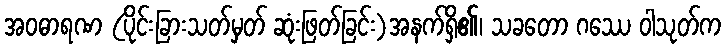
အဝဓာရဏ (ပိုင်းခြားသတ်မှတ် ဆုံးဖြတ်ခြင်း)အနက်ရှိ၏၊ သခတော ဂဿေ ဝါသုတ်က